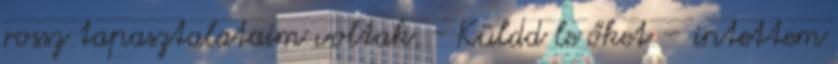
rossz tapasztalataim voltak. - Küldd le őket – intettem